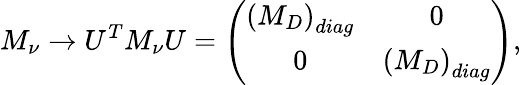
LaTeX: M_{\nu}\rightarrow U^{T}M_{\nu}U=\left(\begin{array}{cc}{{\left(M_{D}\right)_{diag}}}&{{0}}\\ {{0}}&{{\left(M_{D}\right)_{diag}}}\end{array}\right),